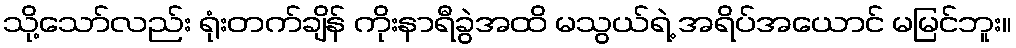
သို့သော်လည်း ရုံးတက်ချိန် ကိုးနာရီခွဲအထိ မသွယ်ရဲ့ အရိပ်အယောင် မမြင်ဘူး။